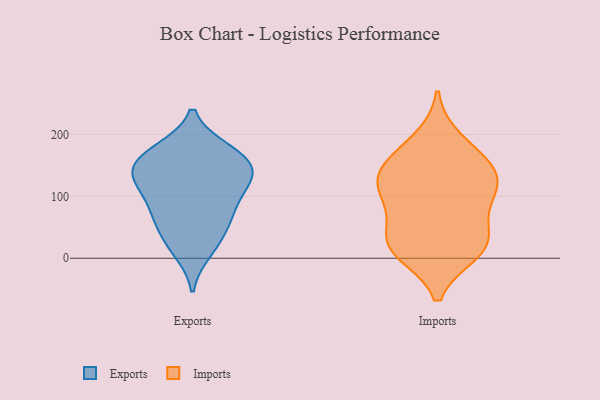
{"axis": {"x": "Shipments", "y": "Value"}, "legend": ["Exports", "Imports"], "data": [{"x": "", "y": 46, "type": "Exports"}, {"x": "", "y": 74, "type": "Exports"}, {"x": "", "y": 127, "type": "Exports"}, {"x": "", "y": 113, "type": "Exports"}, {"x": "", "y": 23, "type": "Exports"}, {"x": "", "y": 76, "type": "Exports"}, {"x": "", "y": 112, "type": "Exports"}, {"x": "", "y": 152, "type": "Exports"}, {"x": "", "y": 173, "type": "Exports"}, {"x": "", "y": 171, "type": "Exports"}, {"x": "", "y": 68, "type": "Exports"}, {"x": "", "y": 11, "type": "Exports"}, {"x": "", "y": 137, "type": "Exports"}, {"x": "", "y": 147, "type": "Exports"}, {"x": "", "y": 136, "type": "Exports"}, {"x": "", "y": 175, "type": "Exports"}, {"x": "", "y": 32, "type": "Imports"}, {"x": "", "y": 41, "type": "Imports"}, {"x": "", "y": 10, "type": "Imports"}, {"x": "", "y": 135, "type": "Imports"}, {"x": "", "y": 96, "type": "Imports"}, {"x": "", "y": 159, "type": "Imports"}, {"x": "", "y": 191, "type": "Imports"}, {"x": "", "y": 102, "type": "Imports"}, {"x": "", "y": 17, "type": "Imports"}, {"x": "", "y": 147, "type": "Imports"}, {"x": "", "y": 134, "type": "Imports"}, {"x": "", "y": 102, "type": "Imports"}, {"x": "", "y": 16, "type": "Imports"}]}